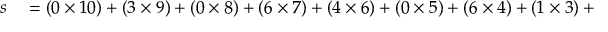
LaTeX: \begin{array} { r l } { s } & { { } = ( 0 \times 1 0 ) + ( 3 \times 9 ) + ( 0 \times 8 ) + ( 6 \times 7 ) + ( 4 \times 6 ) + ( 0 \times 5 ) + ( 6 \times 4 ) + ( 1 \times 3 ) + ( 5 \times 2 ) + ( 2 \times 1 ) } \end{array}